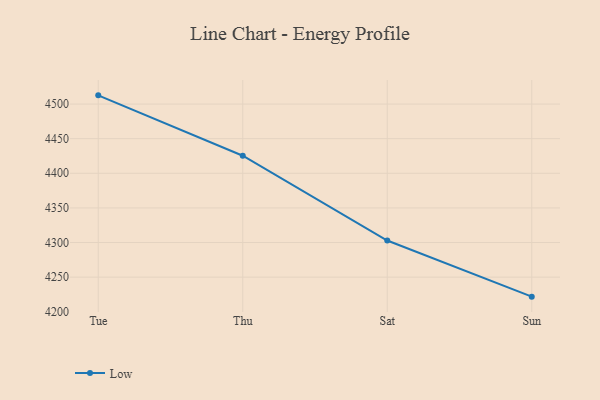
{"axis": {"x": "Day", "y": "Humidity (%)"}, "legend": ["Low"], "data": [{"x": "Tue", "y": 4512.6, "type": "Low"}, {"x": "Thu", "y": 4425.4, "type": "Low"}, {"x": "Sat", "y": 4302.9, "type": "Low"}, {"x": "Sun", "y": 4221.8, "type": "Low"}]}